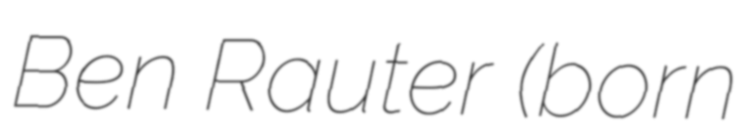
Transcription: Ben Rauter (born